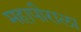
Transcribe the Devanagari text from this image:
महापौराला